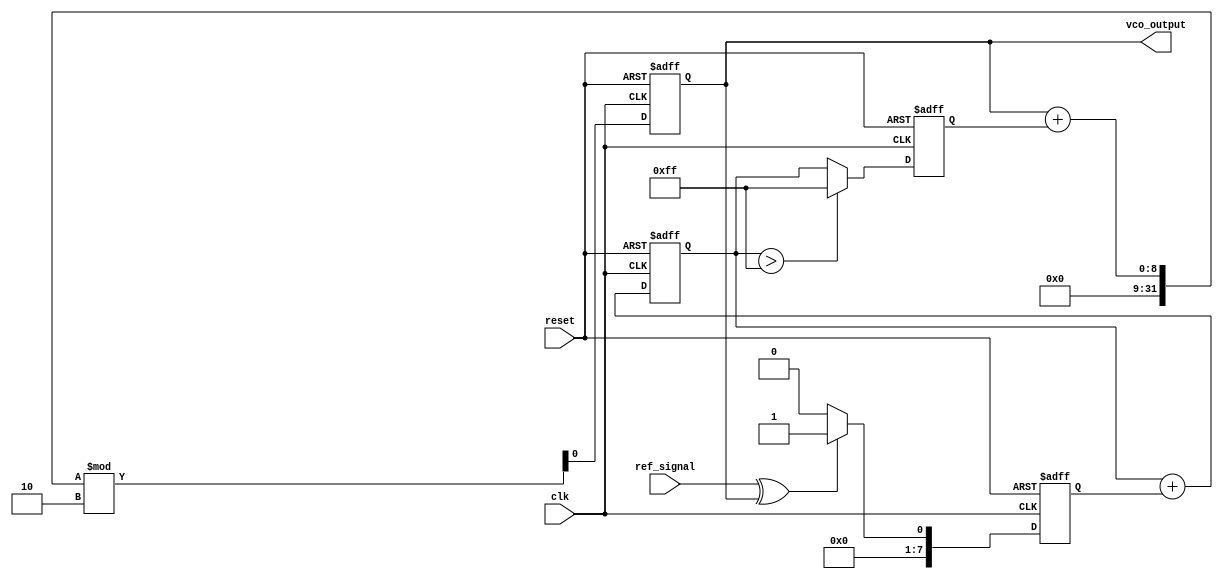
module MemoryBlocksPLL (
    input wire clk,                // System clock
    input wire reset,              // Asynchronous reset
    input wire ref_signal,         // Reference input signal
    output reg vco_output          // VCO output signal
);

// Parameters
parameter N = 8;                  // Number of bits for phase error
parameter LPF_TAPS = 4;          // Number of taps for LPF
parameter VCO_MAX_FREQ = 255;    // Maximum frequency for VCO

// Internal signals
reg [N-1:0] phase_error;          // Phase error signal
reg [N-1:0] control_voltage;       // Control voltage for VCO
reg [N-1:0] lpf_output;            // Output of the low-pass filter
reg [N-1:0] memory_blocks [0:LPF_TAPS-1]; // Memory blocks for LPF
reg [7:0] vco_freq;                // Frequency control for VCO

// Phase Detector (PD)
always @(posedge clk or posedge reset) begin
    if (reset) begin
        phase_error <= 0;
    end else begin
        // Simple XOR phase detector
        phase_error <= (ref_signal ^ vco_output) ? 1 : 0;
    end
end

// Low Pass Filter (LPF)
integer i;
always @(posedge clk or posedge reset) begin
    if (reset) begin
        lpf_output <= 0;
        for (i = 0; i < LPF_TAPS; i = i + 1) begin
            memory_blocks[i] <= 0;
        end
    end else begin
        // Shift memory blocks and update LPF output
        lpf_output <= 0;
        for (i = LPF_TAPS-1; i > 0; i = i - 1) begin
            memory_blocks[i] <= memory_blocks[i-1]; // Shift
            lpf_output <= lpf_output + memory_blocks[i]; // Accumulate
        end
        memory_blocks[0] <= phase_error; // New input to memory
        lpf_output <= lpf_output + phase_error; // Update LPF output
    end
end

// Voltage-Controlled Oscillator (VCO)
always @(posedge clk or posedge reset) begin
    if (reset) begin
        vco_freq <= 0;
        vco_output <= 0;
    end else begin
        // Control voltage limits the frequency
        if (lpf_output > VCO_MAX_FREQ) begin
            vco_freq <= VCO_MAX_FREQ;
        end else begin
            vco_freq <= lpf_output;
        end
        // VCO output generation
        vco_output <= (vco_output + vco_freq) % 2; // Simple toggle for demonstration
    end
end

endmodule